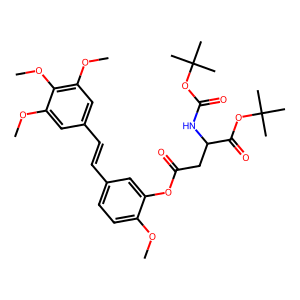
SMILES: COc1ccc(C=Cc2cc(OC)c(OC)c(OC)c2)cc1OC(=O)CC(NC(=O)OC(C)(C)C)C(=O)OC(C)(C)C
Inhibits HIV replication: No